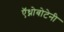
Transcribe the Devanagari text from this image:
ऍथ्नोबोटेनी